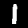
Digit: 1